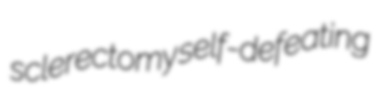
sclerectomy self-defeating